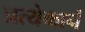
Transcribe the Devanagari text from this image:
प्रत्येकानं